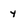
Character: y